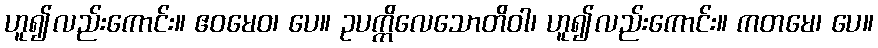
ဟူ၍လည်းကောင်း။ ဧဝမေဝ၊ ပေ။ ဥပက္ကိလေသောတိဝါ၊ ဟူ၍လည်းကောင်း။ ကတမေ၊ ပေ။